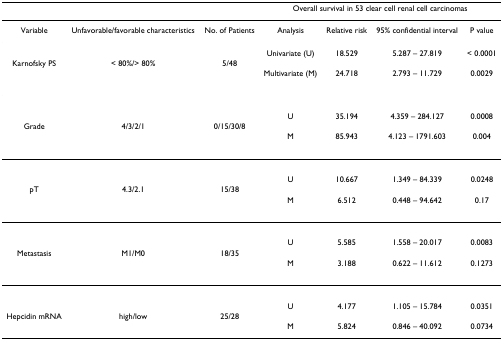
|  |  |  | <COLSPAN=4> Overall survival in 53 clear cell renal cell carcinomas |
 | --- | --- | --- | --- | --- | --- | --- |
 | Variable | Unfavorable/favorable characteristics | No. of Patients | Analysis | Relative risk | 95% confidential interval | P value |
 |  |  |  | Univariate (U) | 18.529 | 5.287 – 27.819 | < 0.0001 |
 | Karnofsky PS | < 80%/> 80% | 5/48 |  |  |  |  |
 |  |  |  | Multivariate (M) | 24.718 | 2.793 – 11.729 | 0.0029 |
 |  |  |  | U | 35.194 | 4.359 – 284.127 | 0.0008 |
 | Grade | 4/3/2/1 | 0/15/30/8 |  |  |  |  |
 |  |  |  | M | 85.943 | 4.123 – 1791.603 | 0.004 |
 |  |  |  | U | 10.667 | 1.349 – 84.339 | 0.0248 |
 | pT | 4.3/2.1 | 15/38 |  |  |  |  |
 |  |  |  | M | 6.512 | 0.448 – 94.642 | 0.17 |
 |  |  |  | U | 5.585 | 1.558 – 20.017 | 0.0083 |
 | Metastasis | M1/M0 | 18/35 |  |  |  |  |
 |  |  |  | M | 3.188 | 0.622 – 11.612 | 0.1273 |
 |  |  |  | U | 4.177 | 1.105 – 15.784 | 0.0351 |
 | Hepcidin mRNA | high/low | 25/28 |  |  |  |  |
 |  |  |  | M | 5.824 | 0.846 – 40.092 | 0.0734 |